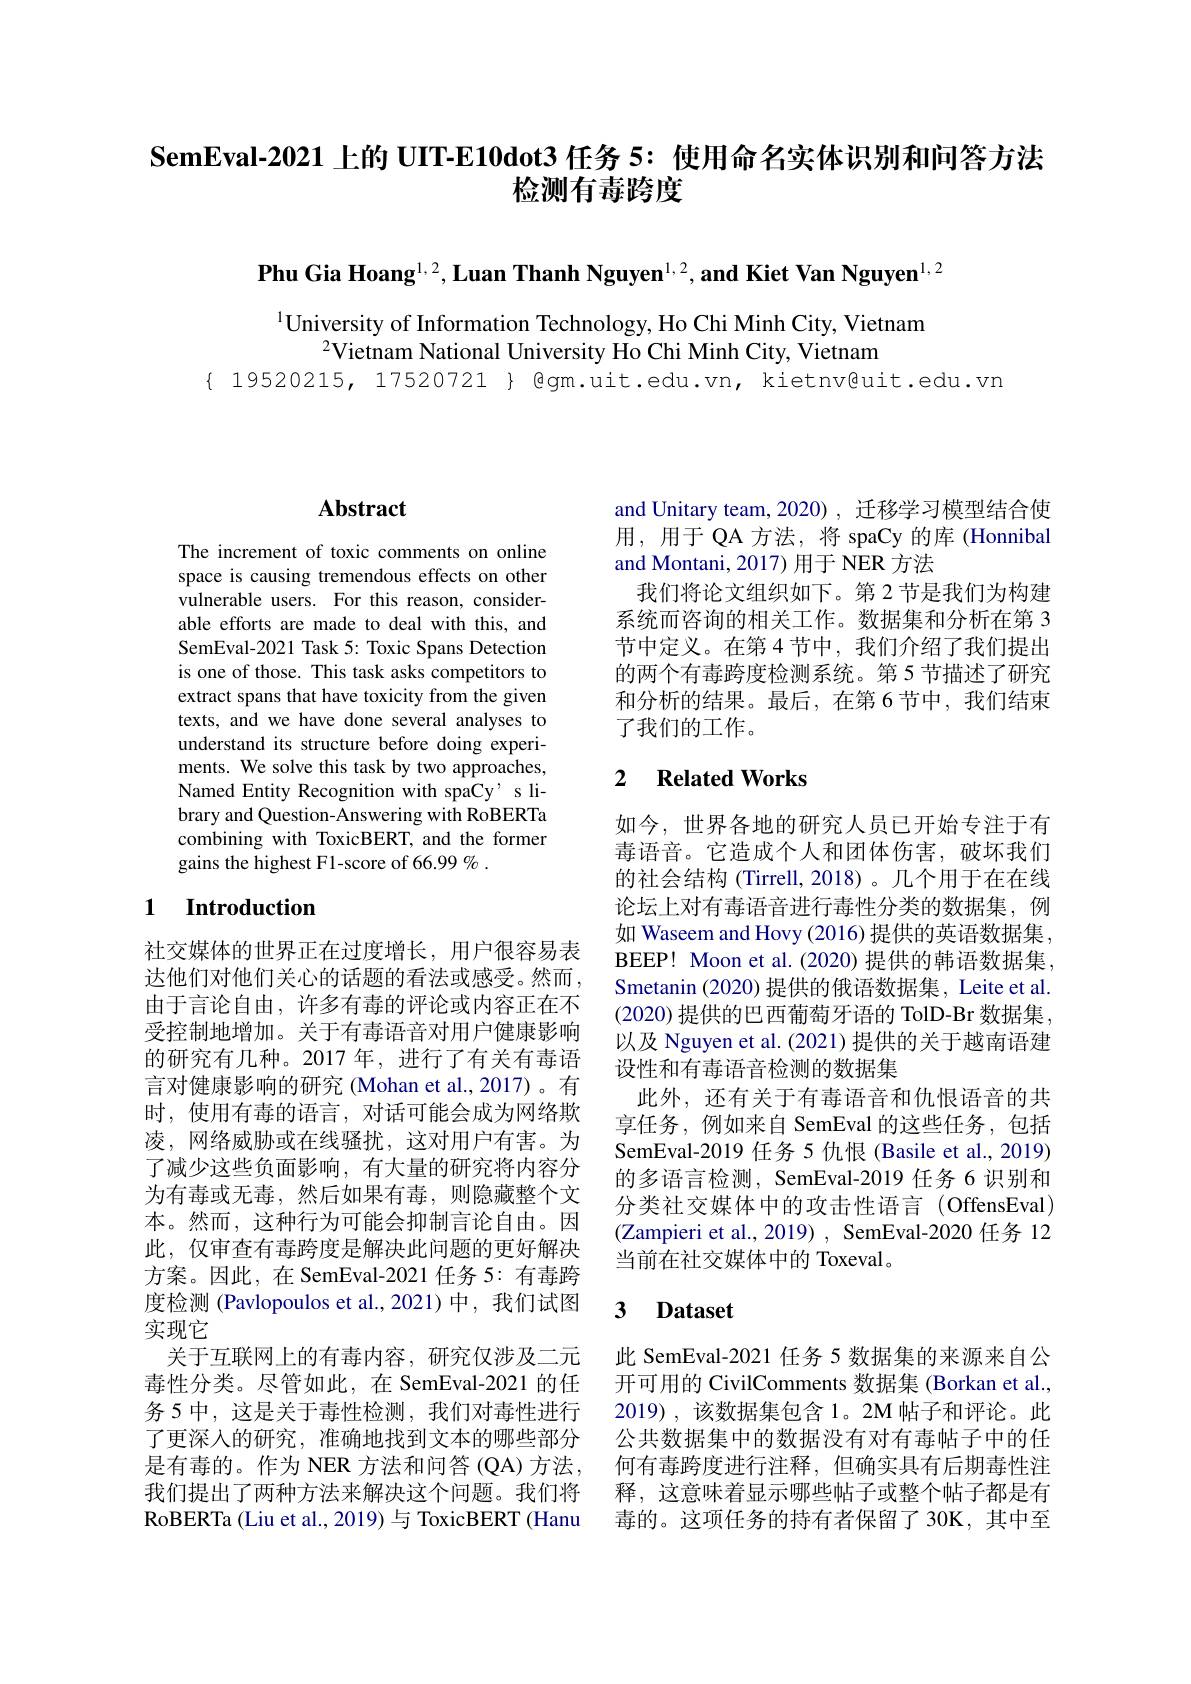
SemEval-2021 上的 UIT-E10dot3 任务 5: 使用命名实体识别和问答方法
# 检测有毒跨度

Phu Gia Hoang$^1,2,\textbf{Luan Thanh Nguyen}^{1,2},\textbf{and Kiet Van Nguyen}^{1,2}$

$^{1}$University of Information Technology, Ho Chi Minh City, Vietnam
$^{2}$Vietnam National University Ho Chi Minh City, Vietnam
$\{\begin{array}{cc}19520215,&17520721\\\end{array}\}$ Qgm.uit.edu.vn, kietnv@uit.edu.vn

## Abstract

The increment of toxic comments on online space is causing tremendous effects on other vulnerable users. For this reason, considerable efforts are made to deal with this, and SemEval-2021 Task 5: Toxic Spans Detection is one of those. This task asks competitors to extract spans that have toxicity from the given texts, and we have done several analyses to understand its structure before doing experiments. We solve this task by two approaches, Named Entity Recognition with spaCy' s library and Question-Answering with RoBERTa combining with ToxicBERT, and the former gains the highest F1-score of 66.99 % .

## 1 $\textbf{Introduction}$

社交媒体的世界正在过度增长，用户很容易表达他们对他们关心的话题的看法或感受。然而， 由于言论自由，许多有毒的评论或内容正在不受控制地增加。关于有毒语音对用户健康影响的研究有几种。2017 年，进行了有关有毒语言对健康影响的研究 (Mohan et al.,2017)。有时，使用有毒的语言，对话可能会成为网络欺凌，网络威胁或在线骚扰，这对用户有害。为了减少这些负面影响，有大量的研究将内容分为有毒或无毒，然后如果有毒，则隐藏整个文本。然而，这种行为可能会抑制言论自由。因此，仅审查有毒跨度是解决此问题的更好解决方案。因此，在 SemEval-2021 任务 5: 有毒跨度检测 (Pavlopoulos et al.,2021)中，我们试图实现它
关于互联网上的有毒内容，研究仅涉及二元
毒性分类。尽管如此，在 SemEval-2021 的任 开可用的 CivilComments 数据集 (Borkan et al., 务 5 中，这是关于毒性检测，我们对毒性进行 2019), 该数据集包含 1。2M 帖子和评论。此了更深人的研究，准确地找到文本的哪些部分 公共数据集中的数据没有对有毒帖子中的任是有毒的。作为 NER 方法和问答 (QA) 方法，何有毒跨度进行注释，但确实具有后期毒性注我们提出了两种方法来解决这个问题。我们将 释，这意味着显示哪些帖子或整个帖子都是有RoBERTa (Liu et al., 2019) 与 ToxicBERT (Hanu 毒的。这项任务的持有者保留了 30K, 其中至

and Unitary team, 2020) , 迁移学习模型结合使用，用于 QA 方法，将 spaCy 的库 (Honnibal and Montani, 2017) 用于 NER 方法
我们将论文组织如下。第 2 节是我们为构建系统而咨询的相关工作。数据集和分析在第 3节中定义。在第 4 节中，我们介绍了我们提出的两个有毒跨度检测系统。第 5 节描述了研究和分析的结果。最后，在第6节中，我们结束了我们的工作。

## 2 $\textbf{Related Works}$

如今，世界各地的研究人员已开始专注于有毒语音。它造成个人和团体伤害，破坏我们的社会结构 (Tirrell, 2018)。几个用于在在线论坛上对有毒语音进行毒性分类的数据集，例如 Waseem and Hovy (2016) 提供的英语数据集， BEEP! Moon et al.(2020) 提供的韩语数据集， Smetanin (2020) 提供的俄语数据集，Leite et al. (2020) 提供的巴西葡萄牙语的 TolD-Br 数据集， 以及 Nguyen et al. (2021) 提供的关于越南语建设性和有毒语音检测的数据集
此外，还有关于有毒语音和仇恨语音的共享任务，例如来自 SemEval 的这些任务，包括SemEval-2019 任务 5 仇恨 (Basile et al., 2019) 的多语言检测，SemEval-2019 任务 6 识别和分类社交媒体中的攻击性语言(OffensEval) (Zampieri et al., 2019) , SemEval-2020 任务 12当前在社交媒体中的 Toxeval。

# 3 Dataset

此 SemEval-2021 任务 5 数据集的来源来自公